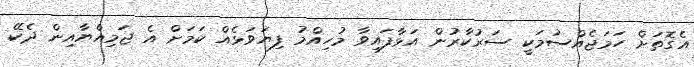
އެގޮތަށް ހަމަޖެއްސުމަކީ ސަރުކާރުން އަޅާފައިވާ މުހިއްމު ފިޔަވަޅެއް ކަމަށް އެ ޖަމިއްޔާއިން ދެކޭ